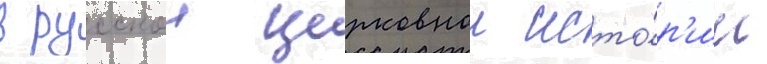
в русскои церковнои исто́р'ии